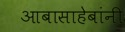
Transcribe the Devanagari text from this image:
आबासाहेबांनी